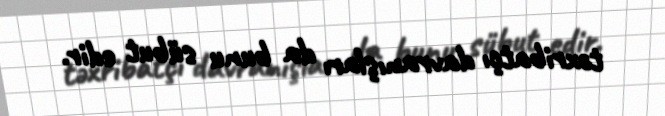
təxribatçı davranışları da bunu sübut edir.